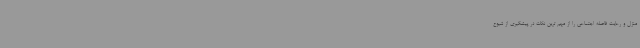
منزل و رعایت فاصله اجتماعی را از مهم ترین نکات در پیشگیری از شیوع